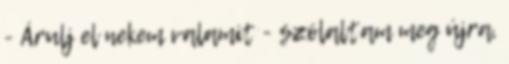
- Árulj el nekem valamit - szólaltam meg újra,